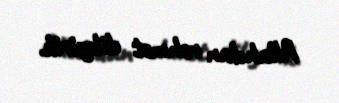
Allahdan rəhmət diləyirik.